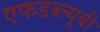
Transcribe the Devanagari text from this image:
एफडब्ल्यूबी